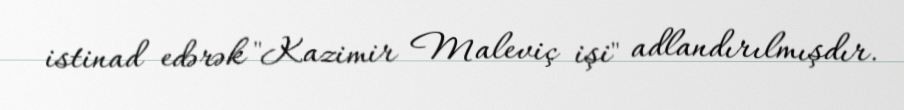
istinad edərək "Kazimir Maleviç işi" adlandırılmışdır.